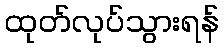
ထုတ်လုပ်သွားရန်